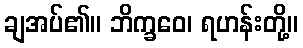
ချအပ်၏။ ဘိက္ခဝေ၊ ရဟန်းတို့။